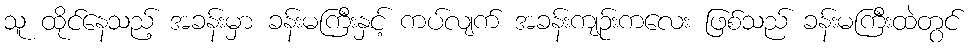
သူ ထိုင်နေသည့် အခန်းမှာ ခန်းမကြီးနှင့် ကပ်လျက် အခန်းကျဉ်းကလေး ဖြစ်သည် ခန်းမကြီးထဲတွင်